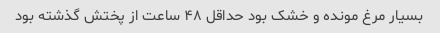
بسیار مرغ مونده و خشک بود حداقل ۴۸ ساعت از پختش گذشته بود